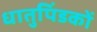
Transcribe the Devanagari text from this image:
धातुपिंडकों